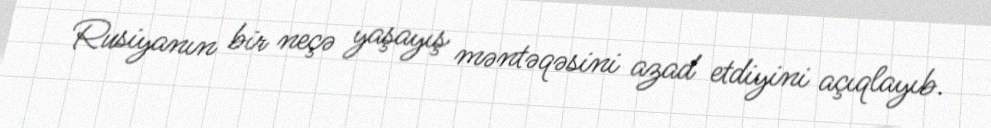
Rusiyanın bir neçə yaşayış məntəqəsini azad etdiyini açıqlayıb.